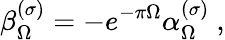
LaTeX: \beta_{\Omega}^{(\sigma)}=-e^{-\pi\Omega}\alpha_{\Omega}^{(\sigma)}\ ,